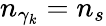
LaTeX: n_{\gamma_{k}}=n_{s}